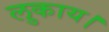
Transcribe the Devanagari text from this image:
लुकाय।